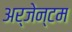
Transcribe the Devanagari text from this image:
अर्जेन्टम